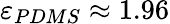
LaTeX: \varepsilon_{PDMS}\approx 1.96